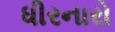
ધીરનારો